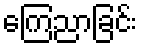
ကြေညာခြင်း